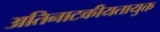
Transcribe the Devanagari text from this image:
अतिनाटकीयतायुक्त